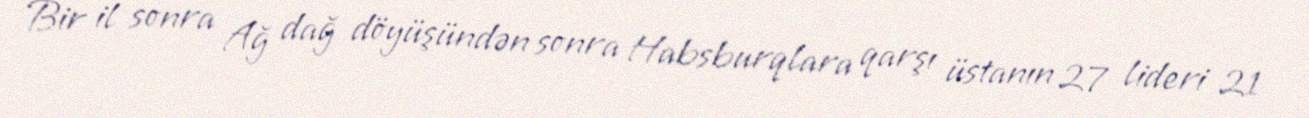
Bir il sonra Ağ dağ döyüşündən sonra Habsburqlara qarşı üstanın 27 lideri 21